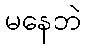
မနေဘဲ